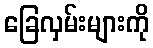
ခြေလှမ်းများကို